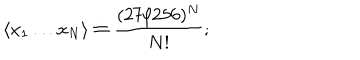
\langle x _ { 1 } \dots x _ { N } \rangle \doteq \frac { ( 2 7 / 2 5 6 ) ^ { N } } { N ! } ;